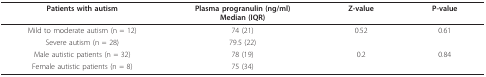
<table><thead><tr><td><b>Patients with autism</b></td><td><b>Plasma progranulin (ng/ml)Median (IQR)</b></td><td><b>Z-value</b></td><td><b>P-value</b></td></tr></thead><tbody><tr><td>Mild to moderate autism (n = 12)</td><td>74 (21)</td><td>0.52</td><td>0.61</td></tr><tr><td>Severe autism (n = 28)</td><td>79.5 (22)</td><td>[EMPTY_CELL]</td><td>[EMPTY_CELL]</td></tr><tr><td>Male autistic patients (n = 32)</td><td>78 (19)</td><td>0.2</td><td>0.84</td></tr><tr><td>Female autistic patients (n = 8)</td><td>75 (34)</td><td>[EMPTY_CELL]</td><td>[EMPTY_CELL]</td></tr></tbody></table>